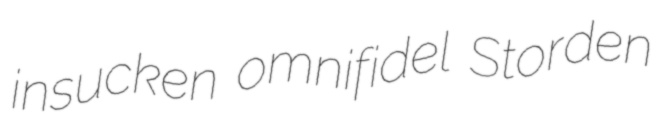
insucken omnifidel Storden